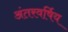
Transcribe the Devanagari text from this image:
अंतरवर्षिय